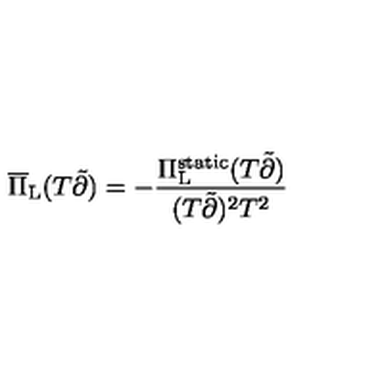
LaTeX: \overline { { \Pi } } _ { \mathrm { L } } ( T \tilde { \partial } ) = - \frac { \Pi _ { \mathrm { L } } ^ { \mathrm { s t a t i c } } ( T \tilde { \partial } ) } { ( T \tilde { \partial } ) ^ { 2 } T ^ { 2 } }